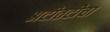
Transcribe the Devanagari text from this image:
अटीतटीचा